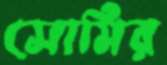
সোমির